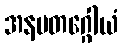
အနမတဂ္ဂေါယံ